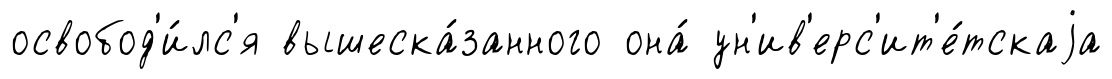
освобод'и́лс'я вышеска́занного она́ ун'ив'ерс'ит'е́тскаjа